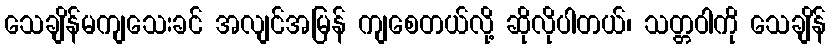
သေချိန်မကျသေးခင် အလျင်အမြန် ကျစေတယ်လို့ ဆိုလိုပါတယ်၊ သတ္တဝါကို သေချိန်